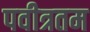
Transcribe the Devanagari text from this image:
पवीत्रतम